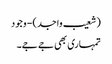
(شعیب واجد) - وجود
تمہاری بھی جے جے۔